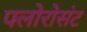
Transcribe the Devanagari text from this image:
फ्लोरोसंट